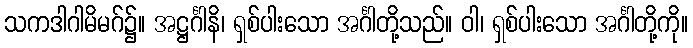
သကဒါဂါမိမဂ်၌။ အဋ္ဌင်္ဂါနိ၊ ရှစ်ပါးသော အင်္ဂါတို့သည်။ ဝါ၊ ရှစ်ပါးသော အင်္ဂါတို့ကို။